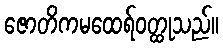
ဇောတိကမထေရ်ဝတ္ထုသည်။